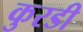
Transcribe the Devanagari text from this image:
कुरडी